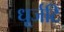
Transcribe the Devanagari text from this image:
धूर्जटि